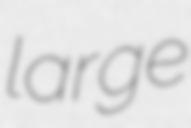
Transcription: large